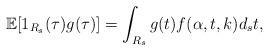
LaTeX: \begin{align*}{\mathbb E}[ 1_{R_s}(\tau) g(\tau) ] = \int_{R_s} g(t) f(\alpha, t,k) d_s t,\end{align*}